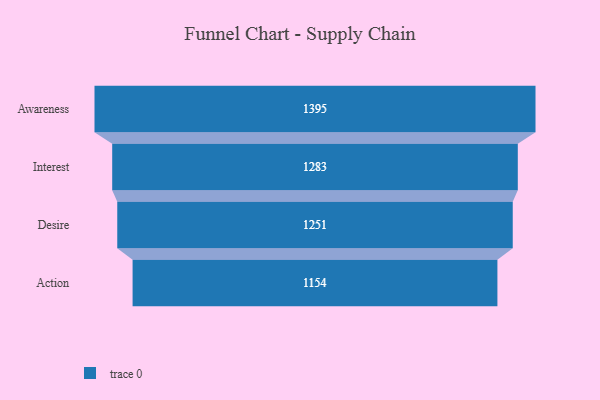
{"axis": {"x": "Stage", "y": "Value"}, "legend": [""], "data": [{"x": "Awareness", "y": 1395.0, "type": ""}, {"x": "Interest", "y": 1283.0, "type": ""}, {"x": "Desire", "y": 1251.0, "type": ""}, {"x": "Action", "y": 1154.0, "type": ""}]}